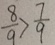
\frac { 8 } { 9 } > \frac { 7 } { 9 }